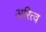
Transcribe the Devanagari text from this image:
अरित्व